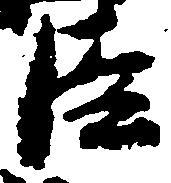
臣